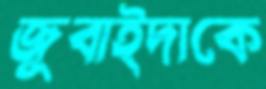
জুবাইদাকে